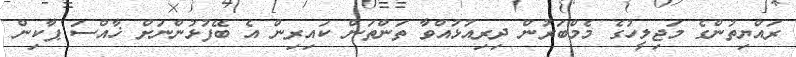
ރައްޔިތުންގެ މަޖިލީހުގެ މެމްބަރުން ދިރިއުޅުއްވާ ތަންތަން ކައިރިން އެ ބޭފުޅުންނަށް ޚާއްސަ ޕާކިން